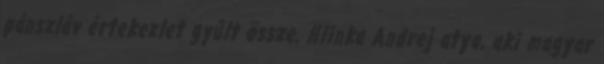
pánszláv értekezlet gyűlt össze. Hlinka Andrej atya, aki magyar